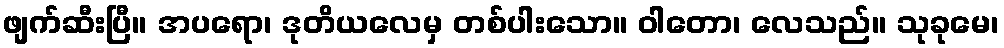
ဖျက်ဆီးပြီ။ အပရော၊ ဒုတိယလေမှ တစ်ပါးသော။ ဝါတော၊ လေသည်။ သုခုမေ၊